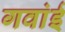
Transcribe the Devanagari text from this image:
गवांई